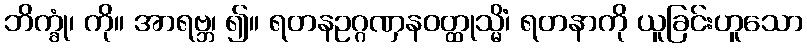
ဘိက္ခုံ၊ ကို။ အာရဗ္ဘ၊ ၍။ ရတနဥဂ္ဂဏှနဝတ္ထုသ္မိံ၊ ရတနာကို ယူခြင်းဟူသော